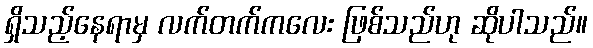
ရှိသည့်နေရာမှ လက်တက်ကလေး ဖြစ်သည်ဟု ဆိုပါသည်။